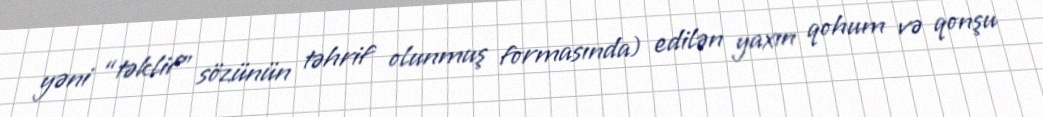
yəni “təklif” sözünün təhrif olunmuş formasında) edilən yaxın qohum və qonşu